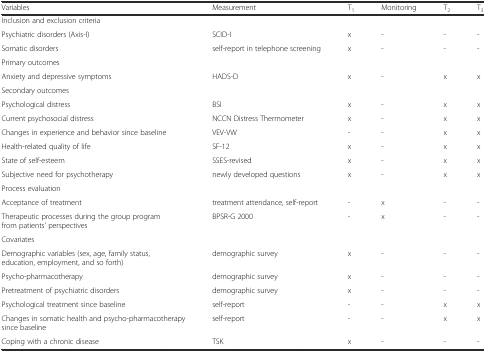
| Variables | Measurement | T1 | Monitoring | T2 | T3 |
 | --- | --- | --- | --- | --- | --- |
 | Inclusion and exclusion criteria |  |  |  |  |  |
 | Psychiatric disorders (Axis-I) | SCID-I | x | - | - | - |
 | Somatic disorders | self-report in telephone screening | x | - | - | - |
 | Primary outcomes |  |  |  |  |  |
 | Anxiety and depressive symptoms | HADS-D | x | - | x | x |
 | Secondary outcomes |  |  |  |  |  |
 | Psychological distress | BSI | x | - | x | x |
 | Current psychosocial distress | NCCN Distress Thermometer | x | - | x | x |
 | Changes in experience and behavior since baseline | VEV-VW | - | - | x | x |
 | Health-related quality of life | SF-12 | x | - | x | x |
 | State of self-esteem | SSES-revised | x | - | x | x |
 | Subjective need for psychotherapy | newly developed questions | x | - | x | x |
 | Process evaluation |  |  |  |  |  |
 | Acceptance of treatment | treatment attendance, self-report | - | x | - | - |
 | Therapeutic processes during the group program from patients’ perspectives | BPSR-G 2000 | - | x | - | - |
 | Covariates |  |  |  |  |  |
 | Demographic variables (sex, age, family status, education, employment, and so forth) | demographic survey | x | - | - | - |
 | Psycho-pharmacotherapy | demographic survey | x | - | - | - |
 | Pretreatment of psychiatric disorders | demographic survey | x | - | - | - |
 | Psychological treatment since baseline | self-report | - | - | x | x |
 | Changes in somatic health and psycho-pharmacotherapy since baseline | self-report | - | - | x | x |
 | Coping with a chronic disease | TSK | x | - | - | - |